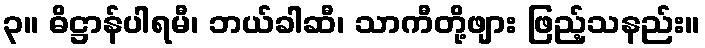
၃။ ဓိဋ္ဌာန်ပါရမီ၊ ဘယ်ခါဆီ၊ သာကီတို့ဖျား ဖြည့်သနည်း။